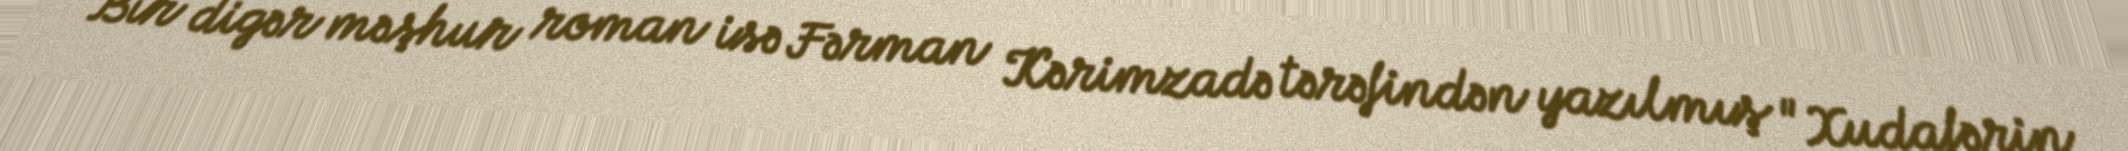
Bir digər məşhur roman isə Fərman Kərimzadə tərəfindən yazılmış "Xudafərin